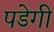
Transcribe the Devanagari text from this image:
पडेगी